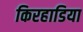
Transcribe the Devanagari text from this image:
किरहाडिया